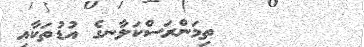
٣٨        ތިމަންރަސްކަލާނގެ އުޑުތަކާއި